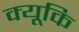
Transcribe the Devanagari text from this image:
क्यूकि